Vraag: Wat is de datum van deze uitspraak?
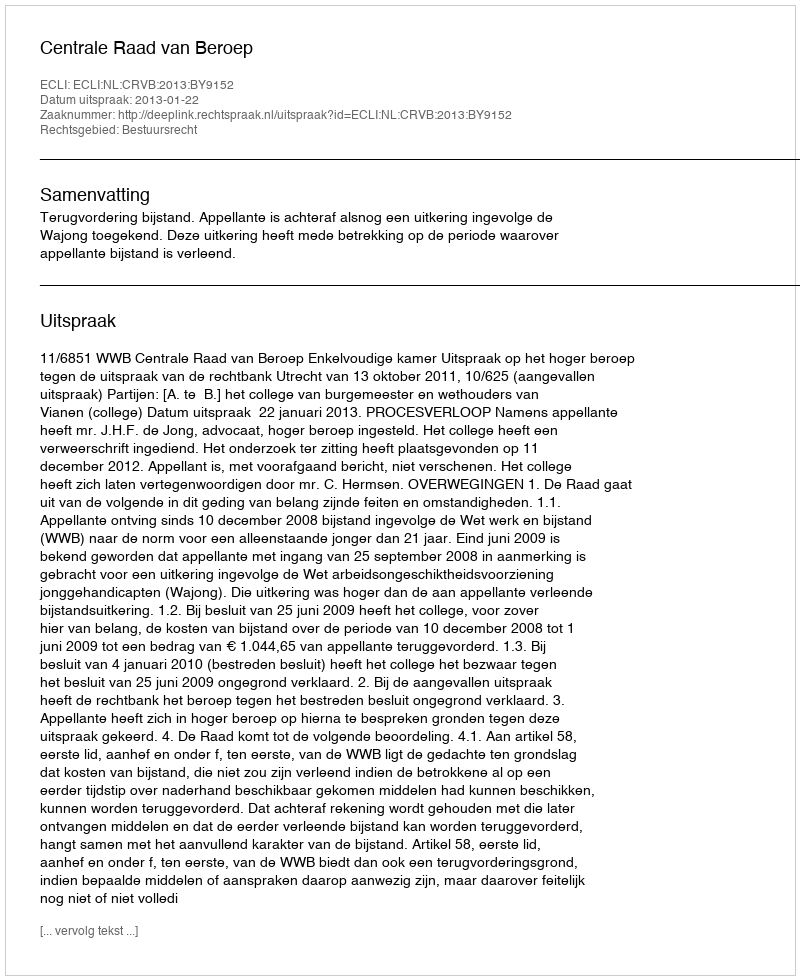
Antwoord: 2013-01-22